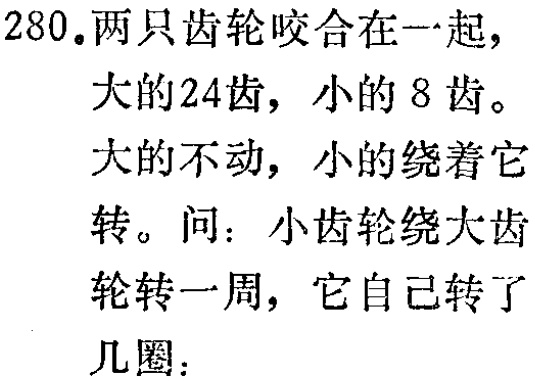
280.两只齿轮咬合在一起，

大的24齿，小的8齿。

大的不动，小的绕着它

转。问：小齿轮绕大齿

轮转一周，它自己转了

几圈：